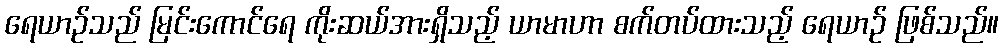
ရေယာဉ်သည် မြင်းကောင်ရေ ကိုးဆယ်အားရှိသည့် ယာမာဟာ စက်တပ်ထားသည့် ရေယာဉ် ဖြစ်သည်။